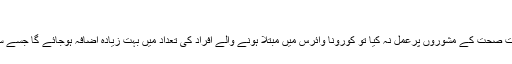
حماس
سعودی وزیر صحت نے کہا کہ اگر عوام نے وزارت صحت کے مشوروں پرعمل نہ کیا تو کورونا وائرس میں مبتلا ہونے والے افراد کی تعداد میں بہت زیادہ اضافہ ہوجائے گا جسے سنبھالنا وزارت صحت کے بس سے باہر ہوجائے گا۔